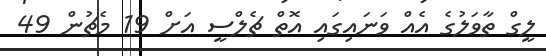
ލީގް ތާވަލުގެ އެއް ވަނައިގައި އޮތް ޗެލްސީ އަށް 19 މެޗުން 49